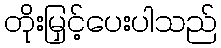
တိုးမြှင့်ပေးပါသည်